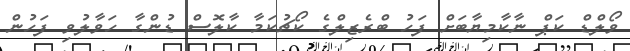
ވޯލްޑް ކަޕް ނާކާމިޔާބަށް ފަހު ބްރެޒިލްގެ ކޯޗުކަމާ ކާލޮސް ޑުންގާ ހަވާލުވި ފަހުން